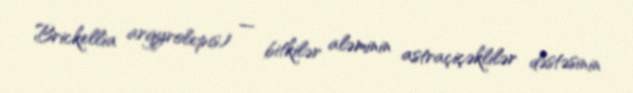
Brickellia argyrolepis) — bitkilər aləminin astraçiçəklilər dəstəsinin